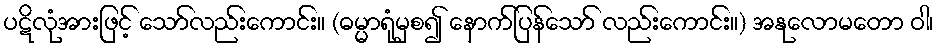
ပဋိလုံအားဖြင့် သော်လည်းကောင်း။ (ဓမ္မာရုံမှစ၍ နောက်ပြန်သော် လည်းကောင်း။) အနုလောမတော ဝါ၊